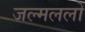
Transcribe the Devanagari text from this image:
जल्मललो